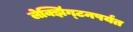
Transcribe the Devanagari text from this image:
लेक्झिंग्टनपर्यंत